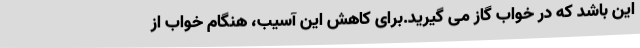
این باشد که در خواب گاز می گیرید.برای کاهش این آسیب، هنگام خواب از